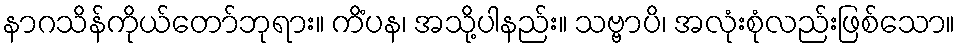
နာဂသိန်ကိုယ်တော်ဘုရား။ ကိံပန၊ အသို့ပါနည်း။ သဗ္ဗာပိ၊ အလုံးစုံလည်းဖြစ်သော။